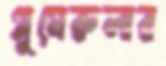
গ্লুমেরুলার